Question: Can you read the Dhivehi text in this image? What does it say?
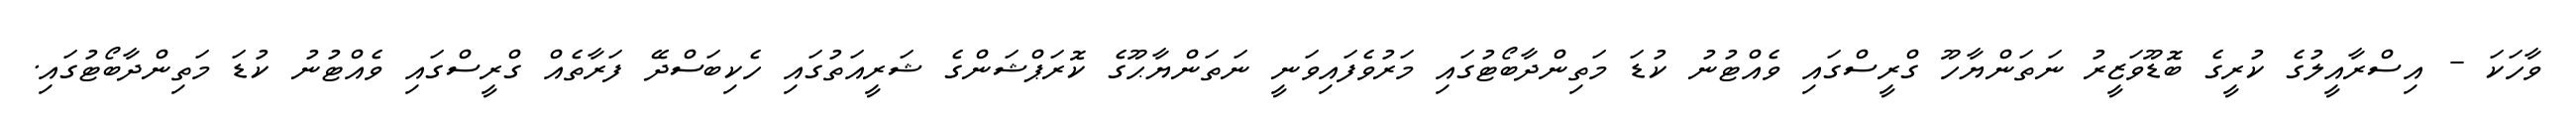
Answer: ވާހަކަ - އިސްރާއީލުގެ ކުރީގެ ބޮޑޫވަޒީރު ނަތަންޔާހޫ ގްރީސްގައި ވެއްޓުނު ކުޑަ މަތިންދާބޯޓުގައި މަރުވެފައިވަނީ ނަތަންޔާޙޫގެ ކޮރަޕްޝަންގެ ޝަރީއަތުގައި ހެކިބަސްދޭ ފަރާތެއް ގްރީސްގައި ވެއްޓުނު ކުޑަ މަތިންދާބޯޓުގައި.